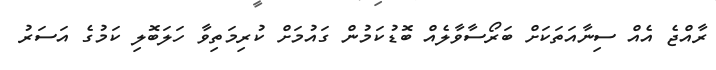
ރާއްޖެ އެއް ސިނާއަތަކަށް ބަރޯސާވާލެއް ބޮޑުކަމުން ގައުމަށް ކުރިމަތިވާ ހަލަބޮލި ކަމުގެ އަސަރު